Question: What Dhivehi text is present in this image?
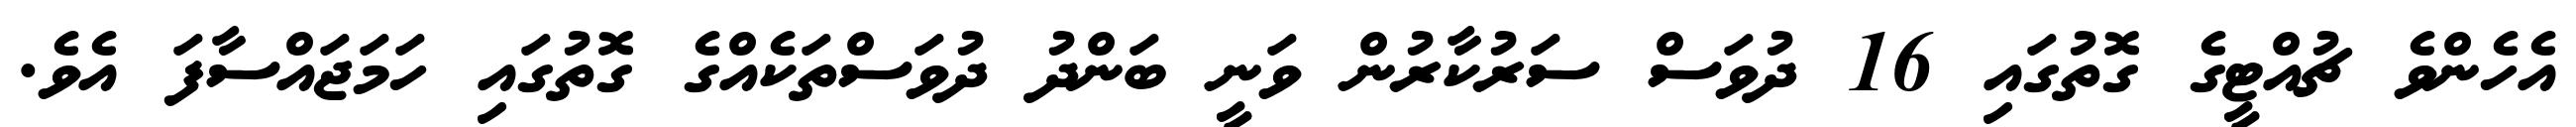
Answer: އެހެންވެ ޗުއްޓީގެ ގޮތުގައި 16 ދުވަސް ސަރުކާރުން ވަނީ ބަންދު ދުވަސްތަކެއްގެ ގޮތުގައި ހަމަޖައްސާފަ އެވެ.